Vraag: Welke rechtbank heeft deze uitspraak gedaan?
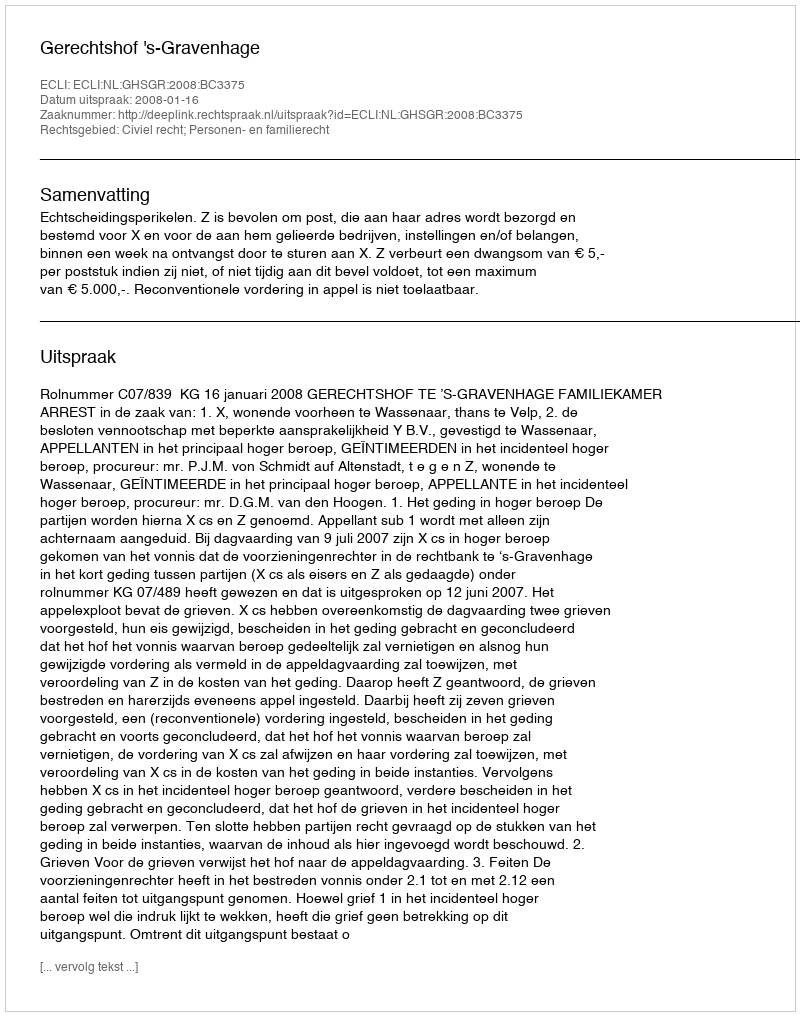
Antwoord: Gerechtshof 's-Gravenhage